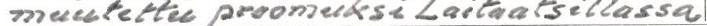
muutettu proomuksi Laitaatsillassa